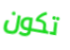
تكون